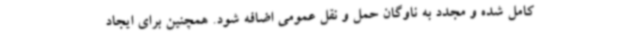
کامل شده و مجدد به ناوگان حمل و نقل عمومی اضافه شود. همچنین برای ایجاد